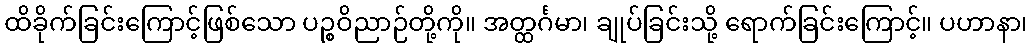
ထိခိုက်ခြင်းကြောင့်ဖြစ်သော ပဉ္စဝိညာဉ်တို့ကို။ အတ္ထင်္ဂမာ၊ ချုပ်ခြင်းသို့ ရောက်ခြင်းကြောင့်။ ပဟာနာ၊